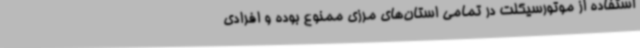
استفاده از موتورسیکلت در تمامی استان‌های مرزی ممنوع بوده و افرادی